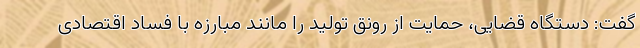
گفت: دستگاه قضایی، حمایت از رونق تولید را مانند مبارزه با فساد اقتصادی